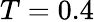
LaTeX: T=0.4